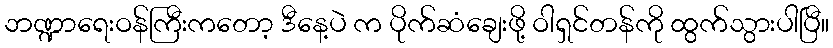
ဘဏ္ဍာရေးဝန်ကြီးကတော့ ဒီနေ့ပဲ က ပိုက်ဆံချေးဖို့ ဝါရှင်တန်ကို ထွက်သွားပါပြီ။